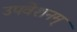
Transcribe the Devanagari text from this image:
उपवेशनम्